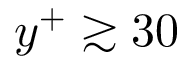
y ^ { + } \gtrsim 3 0